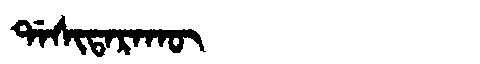
Manchu: ᡩᠠᠰᡳᡨᠠᡵᠠᡴᡡ
Romanization: DASITARAKŪ